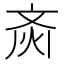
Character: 𱌗